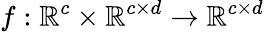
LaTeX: f:\mathbb{R}^{c}\times\mathbb{R}^{c\times d}\rightarrow\mathbb{R}^{c\times d}